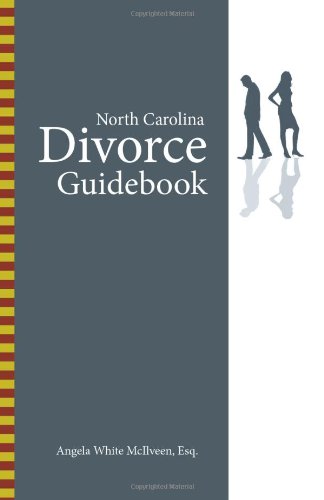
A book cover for North Carolina Divorce Guidebook; Esq. Angela White McIlveen; Law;